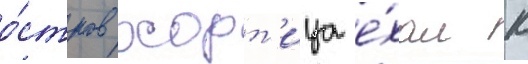
о́стров хорт'ица е́хал к